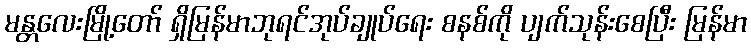
မန္တလေးမြို့တော် ရှိမြန်မာဘုရင်အုပ်ချုပ်ရေး စနစ်ကို ပျက်သုန်းစေပြီး မြန်မာ